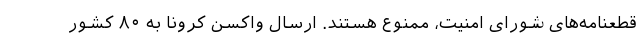
قطعنامه‌های شورای امنیت، ممنوع هستند. ارسال واکسن کرونا به ۸۰ کشور